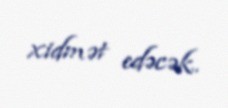
xidmət edəcək.